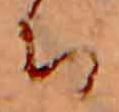
ち